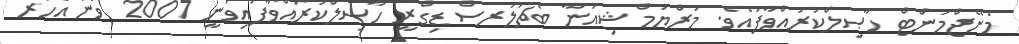
މެނޭޖްމަންޓް ހާޞިލްކުރައްވާފައެވެ. މަރްޔަމް ޝިއުނާ ބެޗަލަރސް ޑިގްރީ ހާޞިލްކުރައްވާފައިވަނީ 2007 ވަނަ އަހަރު